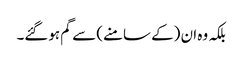
بلکہ وہ ان (کے سامنے) سے گم ہوگئے۔